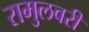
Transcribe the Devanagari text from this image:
रामुलवरी